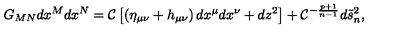
G _ { M N } d x ^ { M } d x ^ { N } = { \cal C } \left[ \left( \eta _ { \mu \nu } + h _ { \mu \nu } \right) d x ^ { \mu } d x ^ { \nu } + d z ^ { 2 } \right] + { \cal C } ^ { - { \frac { p + 1 } { n - 1 } } } d \tilde { s } _ { n } ^ { 2 } ,